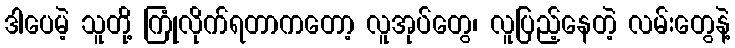
ဒါပေမဲ့ သူတို့ ကြုံလိုက်ရတာကတော့ လူအုပ်တွေ၊ လူပြည့်နေတဲ့ လမ်းတွေနဲ့